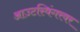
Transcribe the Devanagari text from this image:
आउटस्विंगरवर